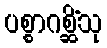
ပစ္စာဂစ္ဆိံသု